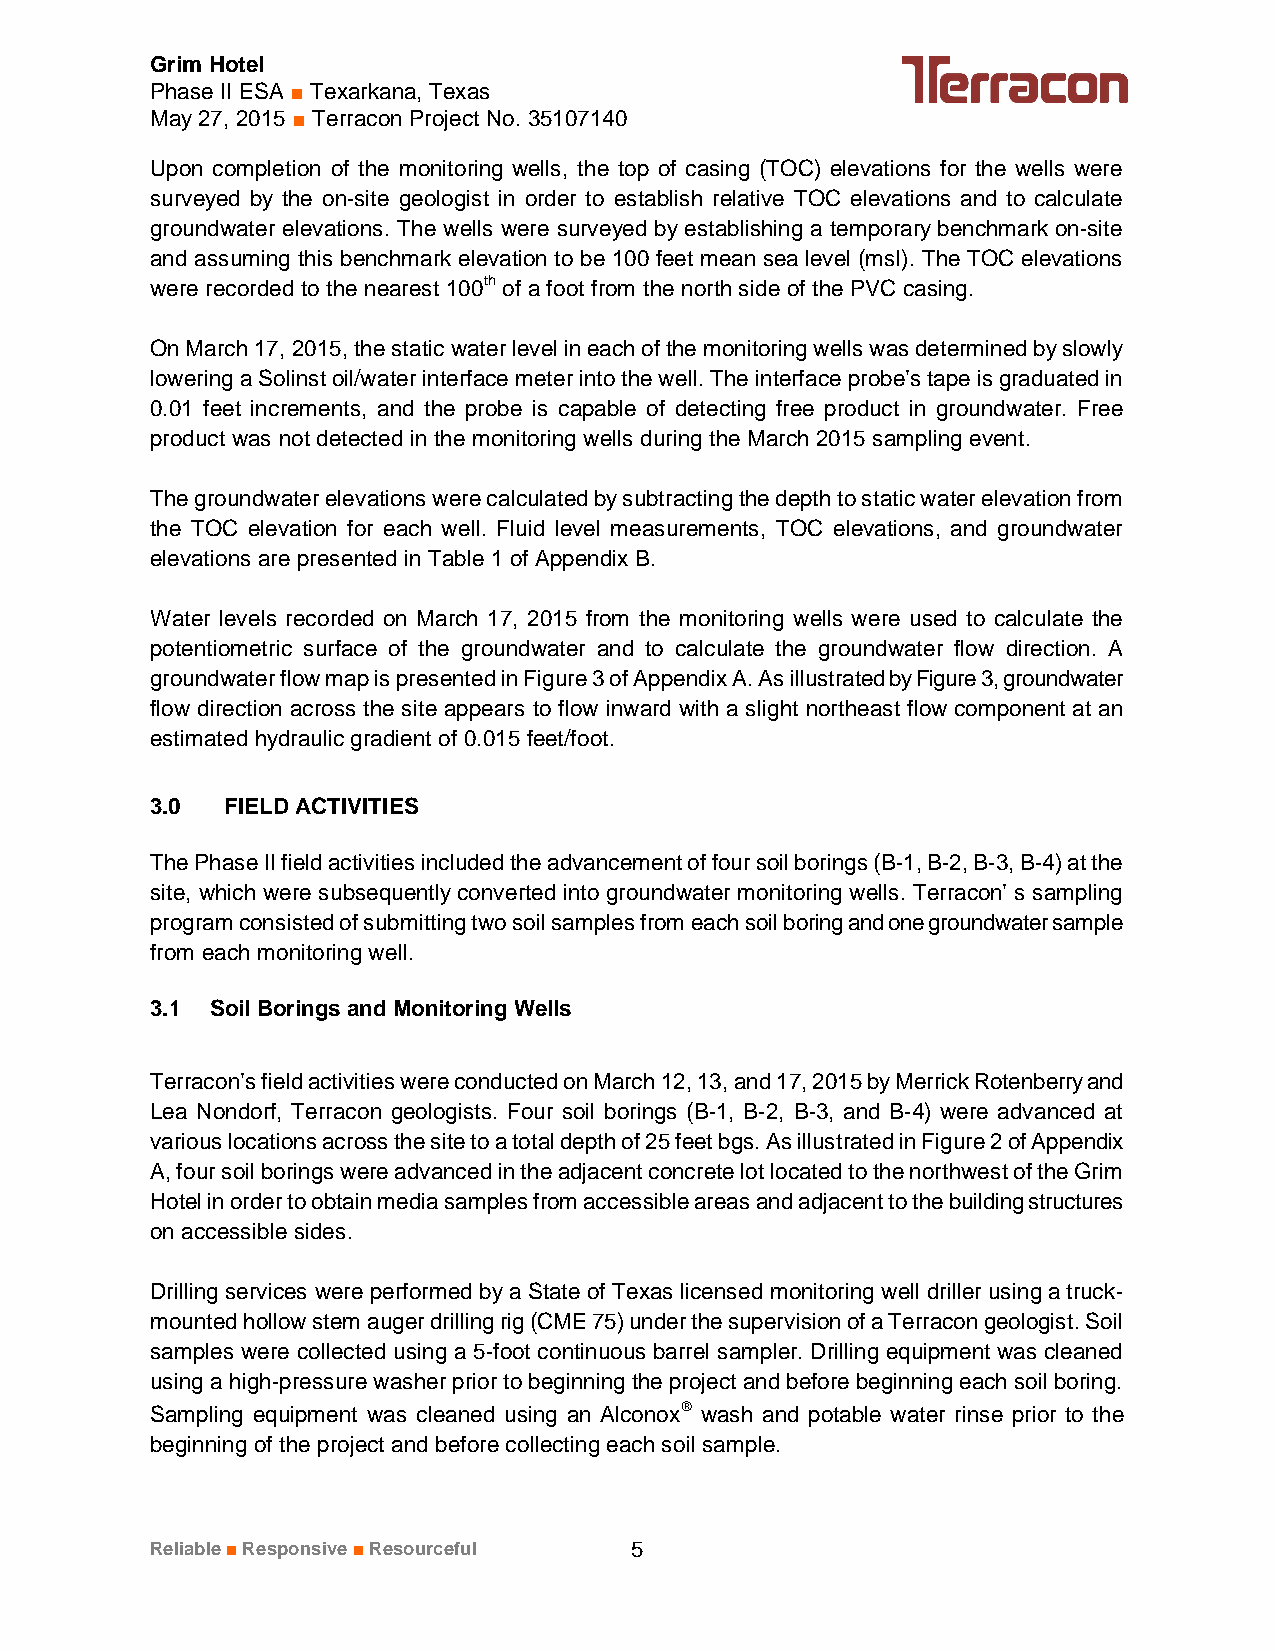
Grim Hotel
 Phase II ESA ■ Texarkana, Texas
 May 27, 2015 ■ Terracon Project No. 35107140
 Upon completion of the monitoring wells, the top of casing (TOC) elevations for the wells were
 surveyed by the on-site geologist in order to establish relative TOC elevations and to calculate
 groundwater elevations. The wells were surveyed by establishing a temporary benchmark on-site
 and assuming this benchmark elevation to be 100 feet mean sea level (msl). The TOC elevations
 were recorded to the nearest 100th of a foot from the north side of the PVC casing.
 On March 17, 2015, the static water level in each of the monitoring wells was determined by slowly
 lowering a Solinst oil/water interface meter into the well. The interface probe’s tape is graduated in
 0.01 feet increments, and the probe is capable of detecting free product in groundwater. Free
 product was not detected in the monitoring wells during the March 2015 sampling event.
 The groundwater elevations were calculated by subtracting the depth to static water elevation from
 the TOC elevation for each well. Fluid level measurements, TOC elevations, and groundwater
 elevations are presented in Table 1 of Appendix B.
 Water levels recorded on March 17, 2015 from the monitoring wells were used to calculate the
 potentiometric surface of the groundwater and to calculate the groundwater flow direction. A
 groundwater flow map is presented in Figure 3 of Appendix A. As illustrated by Figure 3, groundwater
 flow direction across the site appears to flow inward with a slight northeast flow component at an
 estimated hydraulic gradient of 0.015 feet/foot.
 3.0  FIELD ACTIVITIES
 The Phase II field activities included the advancement of four soil borings (B-1, B-2, B-3, B-4) at the
 site, which were subsequently converted into groundwater monitoring wells. Terracon’ s sampling
 program consisted of submitting two soil samples from each soil boring and one groundwater sample
 from each monitoring well.
 3.1 Soil Borings and Monitoring Wells
 Terracon’s field activities were conducted on March 12, 13, and 17, 2015 by Merrick Rotenberry and
 Lea Nondorf, Terracon geologists. Four soil borings (B-1, B-2, B-3, and B-4) were advanced at
 various locations across the site to a total depth of 25 feet bgs. As illustrated in Figure 2 of Appendix
 A, four soil borings were advanced in the adjacent concrete lot located to the northwest of the Grim
 Hotel in order to obtain media samples from accessible areas and adjacent to the building structures
 on accessible sides.
 Drilling services were performed by a State of Texas licensed monitoring well driller using a truck-
 mounted hollow stem auger drilling rig (CME 75) under the supervision of a Terracon geologist. Soil
 samples were collected using a 5-foot continuous barrel sampler. Drilling equipment was cleaned
 using a high-pressure washer prior to beginning the project and before beginning each soil boring.
 Sampling equipment was cleaned using an Alconoxâ wash and potable water rinse prior to the
 beginning of the project and before collecting each soil sample.
 Reliable■Responsive■Resourceful 5